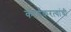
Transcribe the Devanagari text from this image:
कार्यकरत्यांची